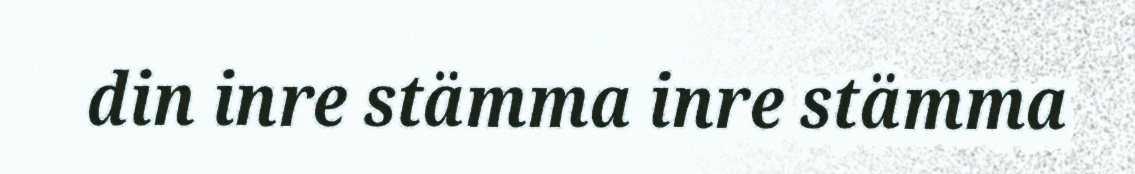
din inre stämma inre stämma